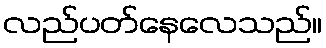
လည်ပတ်နေလေသည်။